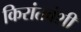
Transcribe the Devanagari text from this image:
किरांतवंशी